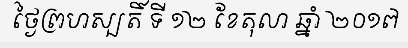
ថ្ងៃព្រហស្បតិ៍ ទី ១២ ខែតុលា ឆ្នាំ ២០១៧